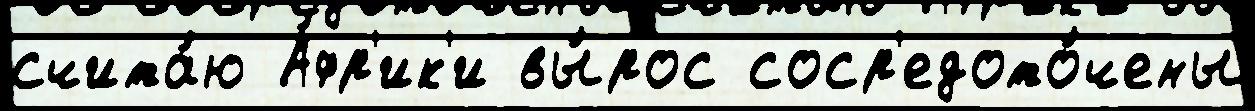
счита́ю А́фр'ик'и вы́рос соср'едото́чены